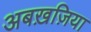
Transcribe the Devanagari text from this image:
अबख़ज़िया